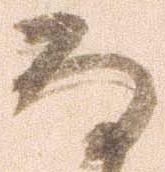
な